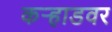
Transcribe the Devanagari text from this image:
कऱ्हाडवर